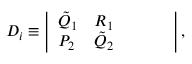
\begin{array} { r } { D _ { i } \equiv \left| \begin{array} { l l l l l } { \Tilde { Q } _ { 1 } } & { R _ { 1 } } & { } & { } & { } \\ { P _ { 2 } } & { \Tilde { Q } _ { 2 } } & { } & { } & { } \end{array} \right| , } \end{array}